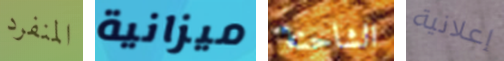
المنفرد ميزانية الشاحنة إعلانية